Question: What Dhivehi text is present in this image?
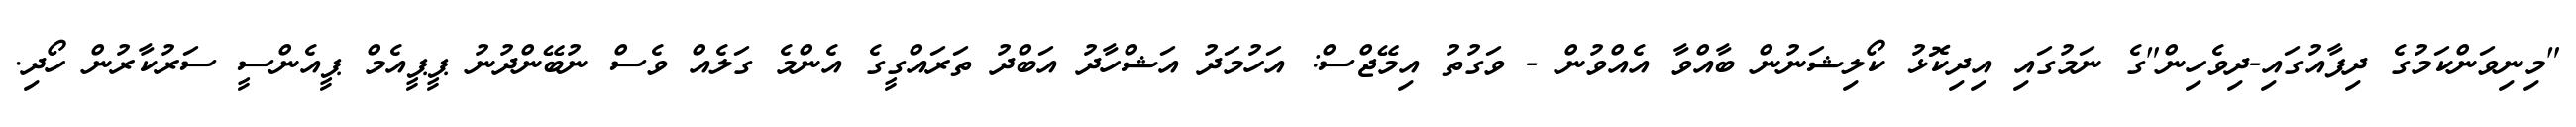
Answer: "މިނިވަންކަމުގެ ދިފާއުގައި-ދިވެހިން"ގެ ނަމުގައި އިދިކޮޅު ކޯލިޝަނުން ބާއްވާ އެއްވުން - ވަގުތު އިމޭޖްސް: އަހުމަދު އަޝްހާދު އަބްދު ތަރައްގީގެ އެންމެ ގަލެއް ވެސް ނުބޭންދުނު ޕީޕީއެމް ޕީއެންސީ ސަރުކާރުން ހޯދި.